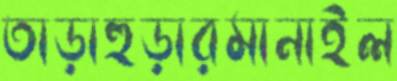
তাড়াহুড়ারমানাইল